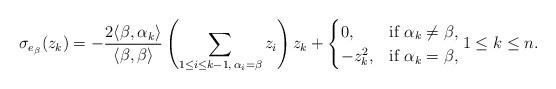
LaTeX: \begin{align*}\sigma_{e_\beta}(z_k)=-\frac{2\langle \beta,\alpha_k \rangle}{\langle \beta,\beta \rangle} \left(\sum_{1\leq i\leq k-1,\,\alpha_i=\beta}z_{i} \right)z_k+\begin{cases}0, &\textrm{if }\alpha_k\neq\beta, \\-z_k^2, &\textrm{if }\alpha_k=\beta,\end{cases}1 \leq k \leq n.\end{align*}